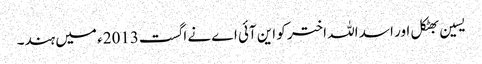
یسین بھٹکل اور اسد اللہ اختر کو این آئی اے نے اگست2013ء میں ہند۔